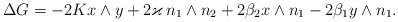
LaTeX: \begin{align*}\Delta G = -2 K x\wedge y + 2\varkappa \,n_1\wedge n_2 + 2\beta_2 x\wedge n_1 - 2\beta_1 y\wedge n_1.\end{align*}